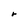
Character: r